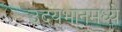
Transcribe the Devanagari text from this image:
उदयभानमध्ये